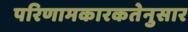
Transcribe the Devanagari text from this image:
परिणामकारकतेनुसार